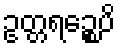
ဥတ္တရဉ္စေပိ